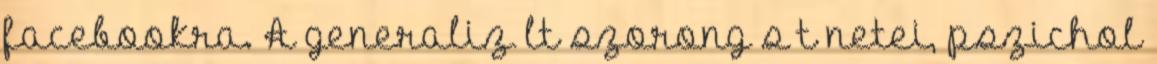
facebookra. A generaliz lt szorong s t netei, pszichol